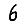
Digit: 6